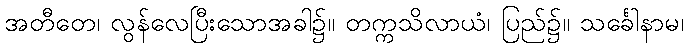
အတီတေ၊ လွန်လေပြီးသောအခါ၌။ တက္ကသိလာယံ၊ ပြည်၌။ သင်္ခေါနာမ၊